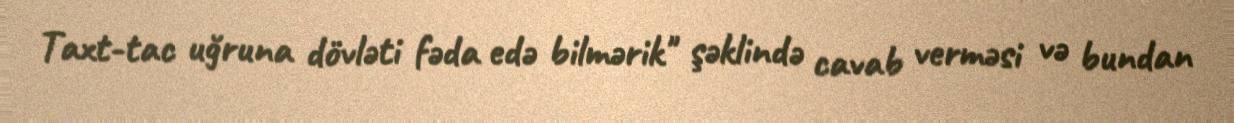
Taxt-tac uğruna dövləti fəda edə bilmərik" şəklində cavab verməsi və bundan